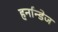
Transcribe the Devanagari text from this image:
हर्नान्डेज